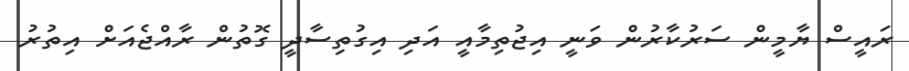
ރައީސް ޔާމީން ސަރުކާރުން ވަނީ އިޖުތިމާއީ އަދި އިގުތިސާދީ ގޮތުން ރާއްޖެއަށް އިތުރު